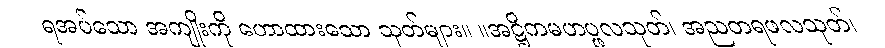
ရအပ်သော အကျိုးကို ဟောထားသော သုတ်များ။ ။အဋ္ဌိကမဟပ္ဖလသုတ်၊ အညတရဖလသုတ်၊